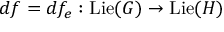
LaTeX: d f = d f _ { e } : \operatorname { L i e } ( G ) \to \operatorname { L i e } ( H )